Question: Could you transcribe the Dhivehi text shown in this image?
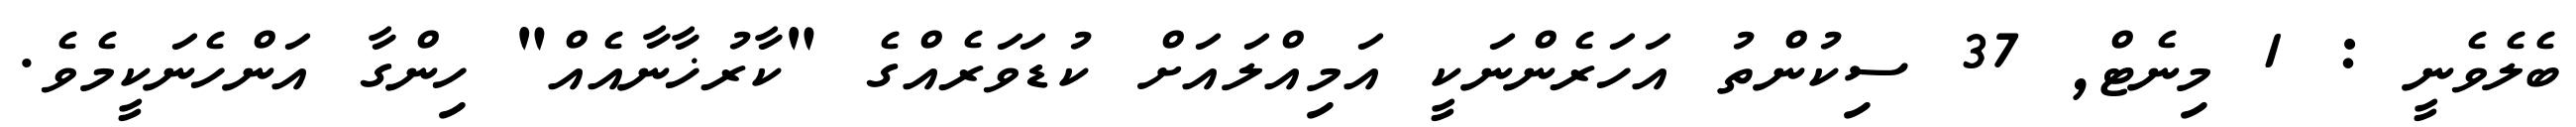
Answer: ބެލެވެނީ : 1 މިނެޓް, 37 ސިކުންތު އަހަރެންނަކީ އަމިއްލައަށް ކުޑަވަރެއްގެ "ކާރުޚާނާއެއް" ހިންގާ އަންހެނަކީމެވެ.